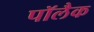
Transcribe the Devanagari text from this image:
पॉलैक